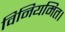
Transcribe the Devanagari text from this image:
विनियमित।